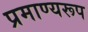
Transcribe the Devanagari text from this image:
प्रमाण्यरूप